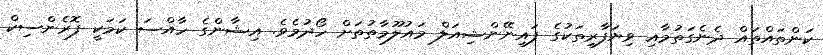
ކަންތައްތައް ދެނެގަތުމާއި ވިޔަފާރިތަކުގެ ފައިނޭންޝިއަލް މައުލޫމާތުތަށް ހޯދުމެވެ. އިޝާންގެ ހާއްސަ ކަމަކީ ފޮރެންސިކް